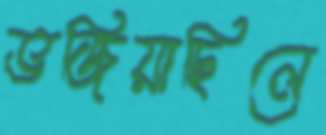
ভজিয়াছিলে